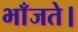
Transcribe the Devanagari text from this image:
भाँजते।